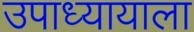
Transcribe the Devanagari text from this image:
उपाध्यायाला